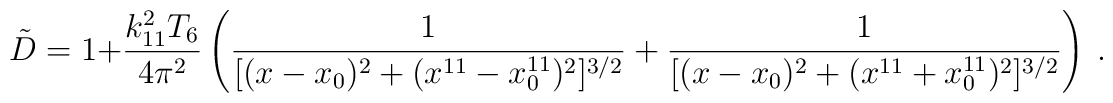
{\tilde D}=1+{k_{11}^2 T_6  \over 4\pi^2} \left( {1\over [(x-x_0)^2+(x^{11}-x^{11}_0)^2]^{3/2}}+{1\over [(x-x_0)^2+(x^{11}+x^{11}_0)^2]^{3/2}} \right) \ .